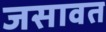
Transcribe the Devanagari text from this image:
जसावत